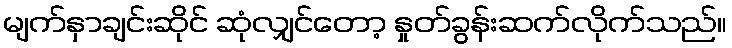
မျက်နှာချင်းဆိုင် ဆုံလျှင်တော့ နှုတ်ခွန်းဆက်လိုက်သည်။